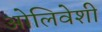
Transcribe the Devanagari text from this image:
ओलिवेशी